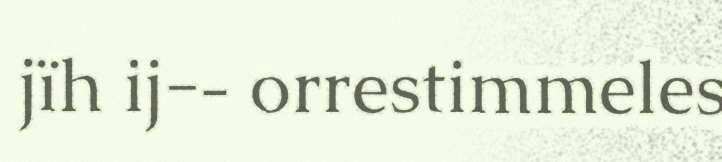
jïh ij-‐ orrestimmeles